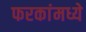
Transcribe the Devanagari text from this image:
फरकांमध्ये